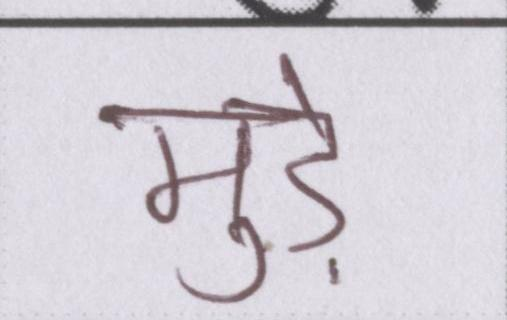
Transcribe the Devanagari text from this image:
मुड़े